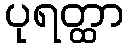
ပုရတ္ထာ